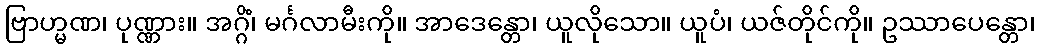
ဗြာဟ္မဏ၊ ပုဏ္ဏား။ အဂ္ဂိံ၊ မင်္ဂလာမီးကို။ အာဒေန္တော၊ ယူလိုသော။ ယူပံ၊ ယဇ်တိုင်ကို။ ဥဿာပေန္တော၊